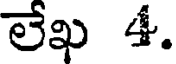
లేఖ 4.